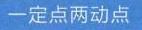
一定点两动点